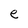
Character: e